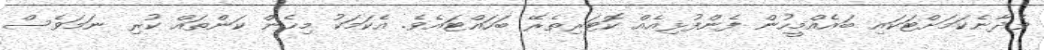
ވެދާނެކަމަށްޓަކައި ބައެއްމީހުން ފެންފުޅިއެއް ކޮޓަރިތެރޭ ބަހައްޓައެވެ. އެކަމަކު މިހެން ކަންތައް ކުރި ނަމަވެސް